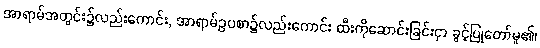
အာရာမ်အတွင်း၌လည်းကောင်း, အာရာမ်ဥပစာ၌လည်းကောင်း ထီးကိုဆောင်းခြင်းငှာ ခွင့်ပြုတော်မူ၏၊